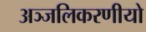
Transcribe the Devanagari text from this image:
अञ्जलिकरणीयो